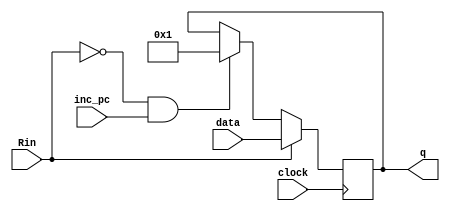
/*
Prtica II - Modulo do counter
Alunos: Alexandre Roque e Vitor Santana.
Disciplina: Arquitetura e Organizao de Computadores II.
Professora: Daniela Cristina Cascini Kupsch.
*/
module counter(clock, inc_pc, data, Rin, q);
	input	  clock;
	input	  inc_pc;
	input	[15:0]  data;
	input Rin;
	reg [15:0] value;
	output reg [15:0]  q;
	
	
	initial begin
		value = 16'b0;
	end
	
	always@(posedge clock)
	begin	
		if(Rin)begin
			q = data;	
		end
		else if(~Rin && inc_pc)begin
			q = value + 1'b1;		
		end	
	end
	
endmodule